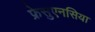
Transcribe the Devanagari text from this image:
फ्रेसुएनसिया